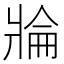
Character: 𱭓